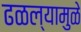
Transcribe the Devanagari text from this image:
ढळल्यामुळे